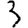
Digit: 3